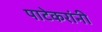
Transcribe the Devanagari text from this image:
पाटेकरांनी